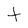
Character: t